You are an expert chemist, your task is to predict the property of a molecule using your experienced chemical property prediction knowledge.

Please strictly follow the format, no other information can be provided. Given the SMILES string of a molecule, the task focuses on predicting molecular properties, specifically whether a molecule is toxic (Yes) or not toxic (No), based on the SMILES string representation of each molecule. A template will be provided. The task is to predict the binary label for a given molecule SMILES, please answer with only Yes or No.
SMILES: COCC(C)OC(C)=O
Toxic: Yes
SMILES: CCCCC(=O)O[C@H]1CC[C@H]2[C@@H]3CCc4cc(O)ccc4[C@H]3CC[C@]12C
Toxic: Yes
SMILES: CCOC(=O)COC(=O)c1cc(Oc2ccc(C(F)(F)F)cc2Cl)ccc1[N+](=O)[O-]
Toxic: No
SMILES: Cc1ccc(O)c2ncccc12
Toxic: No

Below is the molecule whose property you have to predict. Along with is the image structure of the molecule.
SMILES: O=C(OCc1ccccc1)c1ccc(O)cc1
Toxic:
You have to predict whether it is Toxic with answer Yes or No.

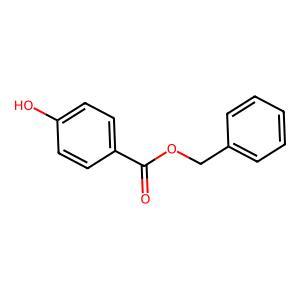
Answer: No